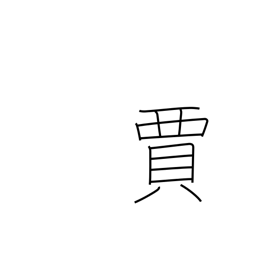
Meaning: tradesman